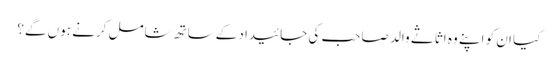
کیا ان کو اپنے وہ اثاثے والد صاحب کی جائیداد کےساتھ شامل کرنے ہوں گے؟